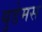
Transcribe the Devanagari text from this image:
युडेमस